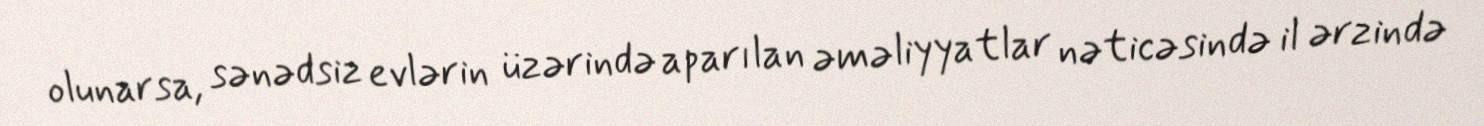
olunarsa, sənədsiz evlərin üzərində aparılan əməliyyatlar nəticəsində il ərzində